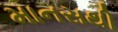
માનસથી